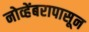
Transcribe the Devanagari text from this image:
नोव्हेंबरापासून